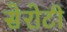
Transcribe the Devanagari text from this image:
सेरोटी